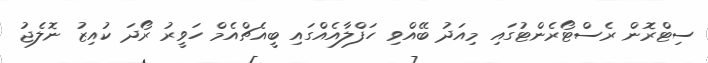
ސިޓްރޮން ރެސްޓޯރެންޓުގައި މިއަދު ބޭއްވި ހަފްލާއެއްގައި ބީއެޗްއެމް ހަވީރު ރޯދަ ކުއިޒު ނޮލެޖު